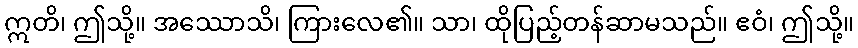
ဣတိ၊ ဤသို့။ အဿောသိ၊ ကြားလေ၏။ သာ၊ ထိုပြည့်တန်ဆာမသည်။ ဧဝံ၊ ဤသို့။